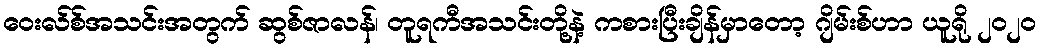
ဝေးလ်စ်အသင်းအတွက် ဆွစ်ဇာလန်၊ တူရကီအသင်းတို့နဲ့ ကစားပြီးချိန်မှာတော့ ဂျိမ်းစ်ဟာ ယူရို ၂၀၂၀